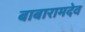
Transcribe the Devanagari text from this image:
बाबारामदेव